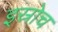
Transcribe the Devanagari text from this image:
इस्रोच